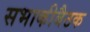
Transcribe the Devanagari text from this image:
सभाकीबैठक